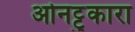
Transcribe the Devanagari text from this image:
ओनट्टुकारा